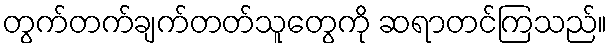
တွက်တက်ချက်တတ်သူတွေကို ဆရာတင်ကြသည်။